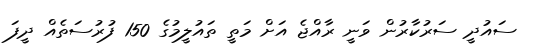
ސައުދީ ސަރުކާރުން ވަނީ ރާއްޖެ އަށް މަތީ ތައުލީމުގެ 150 ފުރުސަތެއް ދީފަ